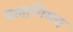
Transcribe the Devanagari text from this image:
वलागिमन